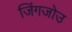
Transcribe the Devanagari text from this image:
जिंगजोउ